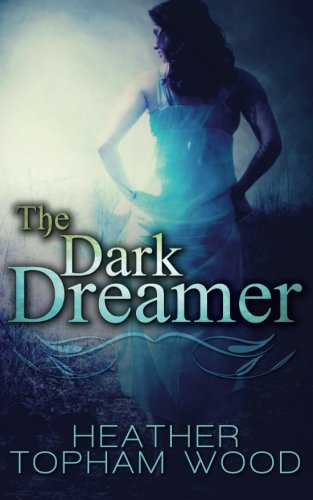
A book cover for The Dark Dreamer (Volume 1); Heather Topham Wood; Science Fiction & Fantasy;